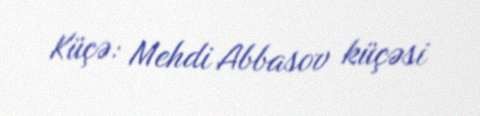
Küçə: Mehdi Abbasov küçəsi